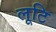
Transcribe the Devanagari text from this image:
लूटि